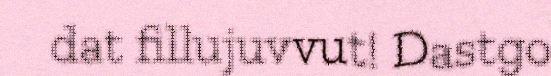
dat fillujuvvut! Dastgo